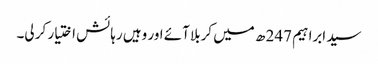
سید ابراہیم 247 ھ میں کربلا آئے اور وہیں رہائش اختیار کر لی۔